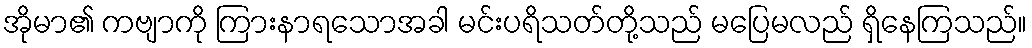
အိုမာ၏ ကဗျာကို ကြားနာရသောအခါ မင်းပရိသတ်တို့သည် မပြေမလည် ရှိနေကြသည်။